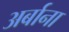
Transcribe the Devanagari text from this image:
अर्बाना